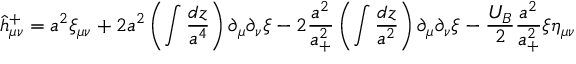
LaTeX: \hat { h } _ { \mu \nu } ^ { + } = a ^ { 2 } \xi _ { \mu \nu } + 2 a ^ { 2 } \left( \int \frac { d z } { a ^ { 4 } } \right) \partial _ { \mu } \partial _ { \nu } \xi - 2 \frac { a ^ { 2 } } { a _ { + } ^ { 2 } } \left( \int \frac { d z } { a ^ { 2 } } \right) \partial _ { \mu } \partial _ { \nu } \xi - \frac { U _ { B } } { 2 } \frac { a ^ { 2 } } { a _ { + } ^ { 2 } } \xi \eta _ { \mu \nu }